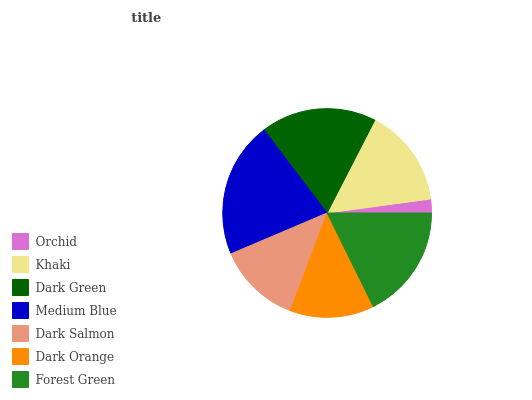
| Orchid | Khaki | Dark Green | Medium Blue | Dark Salmon | Dark Orange | Forest Green |
 | --- | --- | --- | --- | --- | --- | --- |
 | 2.14% | 15.3% | 17.9% | 21% | 12.9% | 13% | 17.7% |